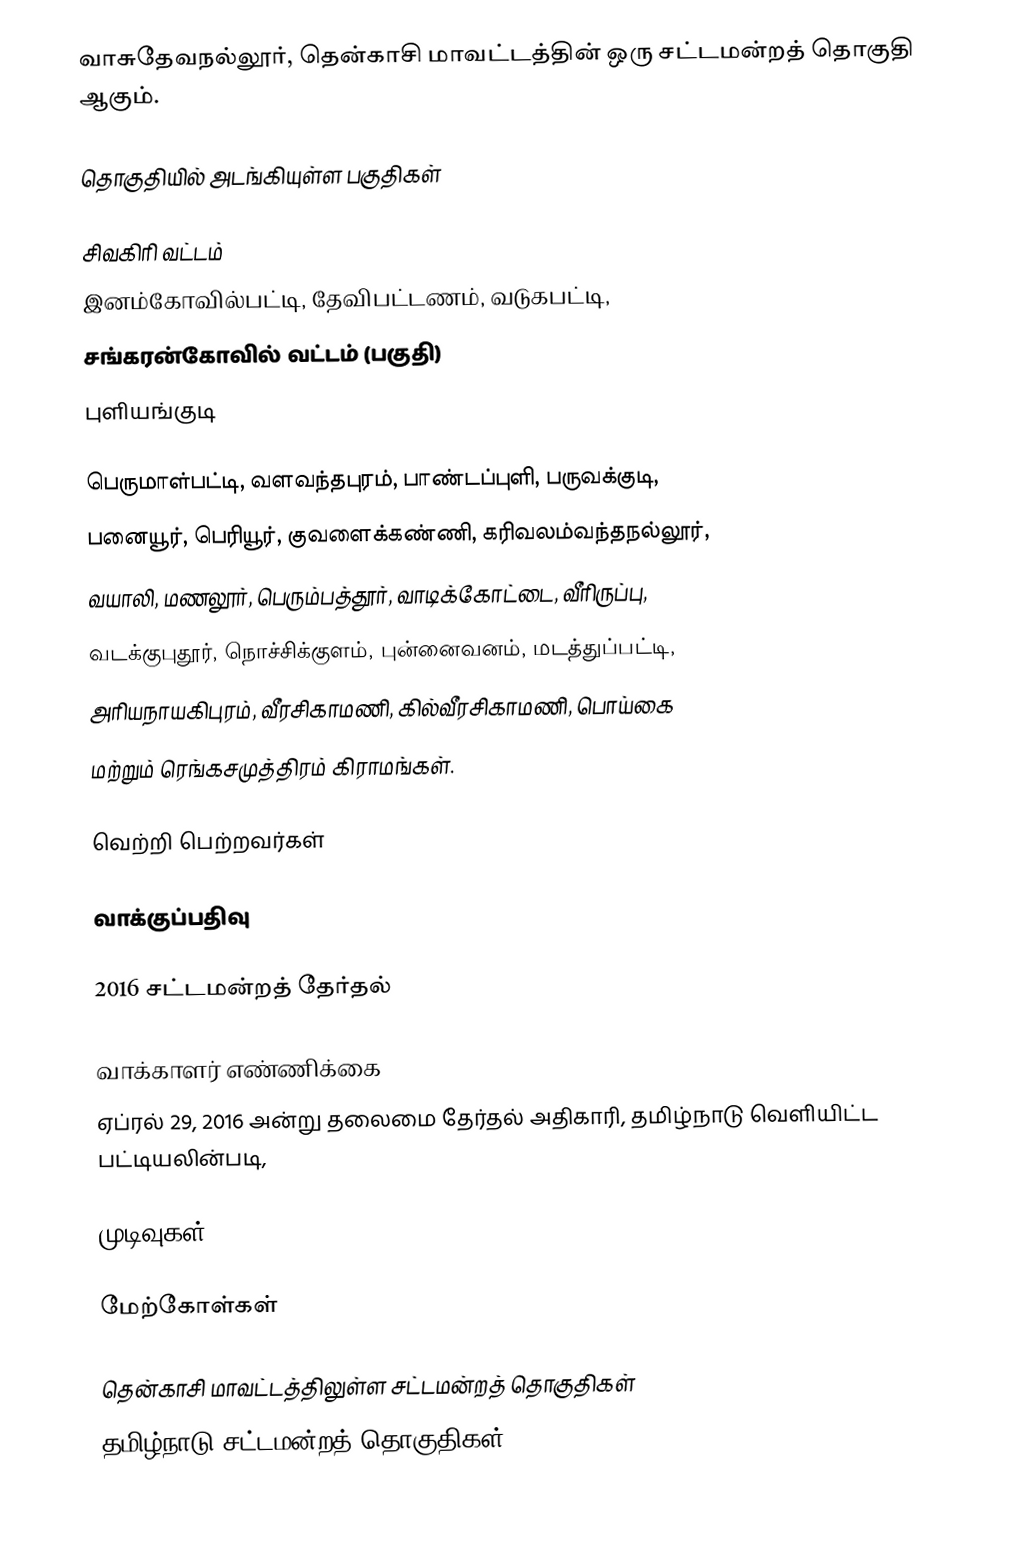
வாசுதேவநல்லூர், தென்காசி மாவட்டத்தின் ஒரு சட்டமன்றத் தொகுதி ஆகும்.

தொகுதியில் அடங்கியுள்ள பகுதிகள்

 சிவகிரி வட்டம்
இனம்கோவில்பட்டி, தேவிபட்டணம், வடுகபட்டி,
 சங்கரன்கோவில் வட்டம்  (பகுதி)
புளியங்குடி

பெருமாள்பட்டி, வளவந்தபுரம், பாண்டப்புளி, பருவக்குடி,
பனையூர், பெரியூர், குவளைக்கண்ணி, கரிவலம்வந்தநல்லூர்,
வயாலி, மணலூர், பெரும்பத்தூர், வாடிக்கோட்டை, வீரிருப்பு,
வடக்குபுதூர், நொச்சிக்குளம், புன்னைவனம், மடத்துப்பட்டி,
அரியநாயகிபுரம், வீரசிகாமணி, கில்வீரசிகாமணி, பொய்கை
மற்றும் ரெங்கசமுத்திரம் கிராமங்கள்.

வெற்றி பெற்றவர்கள்

வாக்குப்பதிவு

2016 சட்டமன்றத் தேர்தல்

வாக்காளர் எண்ணிக்கை
ஏப்ரல் 29, 2016 அன்று தலைமை தேர்தல் அதிகாரி, தமிழ்நாடு வெளியிட்ட பட்டியலின்படி,

முடிவுகள்

மேற்கோள்கள்

தென்காசி மாவட்டத்திலுள்ள சட்டமன்றத் தொகுதிகள்
தமிழ்நாடு சட்டமன்றத் தொகுதிகள்